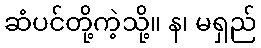
ဆံပင်တို့ကဲ့သို့။ န၊ မရှည်